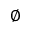
\varnothing